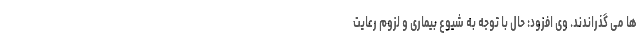
ها می گذراندند. وی افزود: حال با توجه به شیوع بیماری و لزوم رعایت